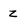
Character: z